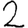
Digit: 2